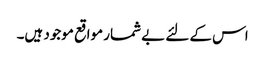
اس کے لئے بے شمار مواقع موجود ہیں۔